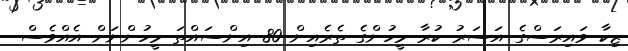
ޒިކާ ވައިރަސްގެ އަސަރު ކުރާ މީހުންގެ ތެރެއިން 80 އިންސައްތަ މީހުންނަށް އެއްވެސް